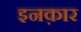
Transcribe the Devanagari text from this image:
इनक़ार